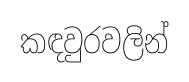
කඳවුරවලින්